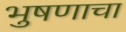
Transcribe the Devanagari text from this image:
भुषणाचा